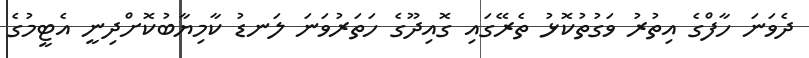
ދެވަނަ ހާފްގެ އިތުރު ވަގުތުކޮޅު ތެރޭގައި ގޮއިދޫގެ ހަތަރުވަނަ ލަނޑު ކާމިޔާބުކޮށްދިނީ އެޓީމުގެ